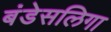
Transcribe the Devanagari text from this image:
बंडेसलिगा